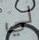
لي